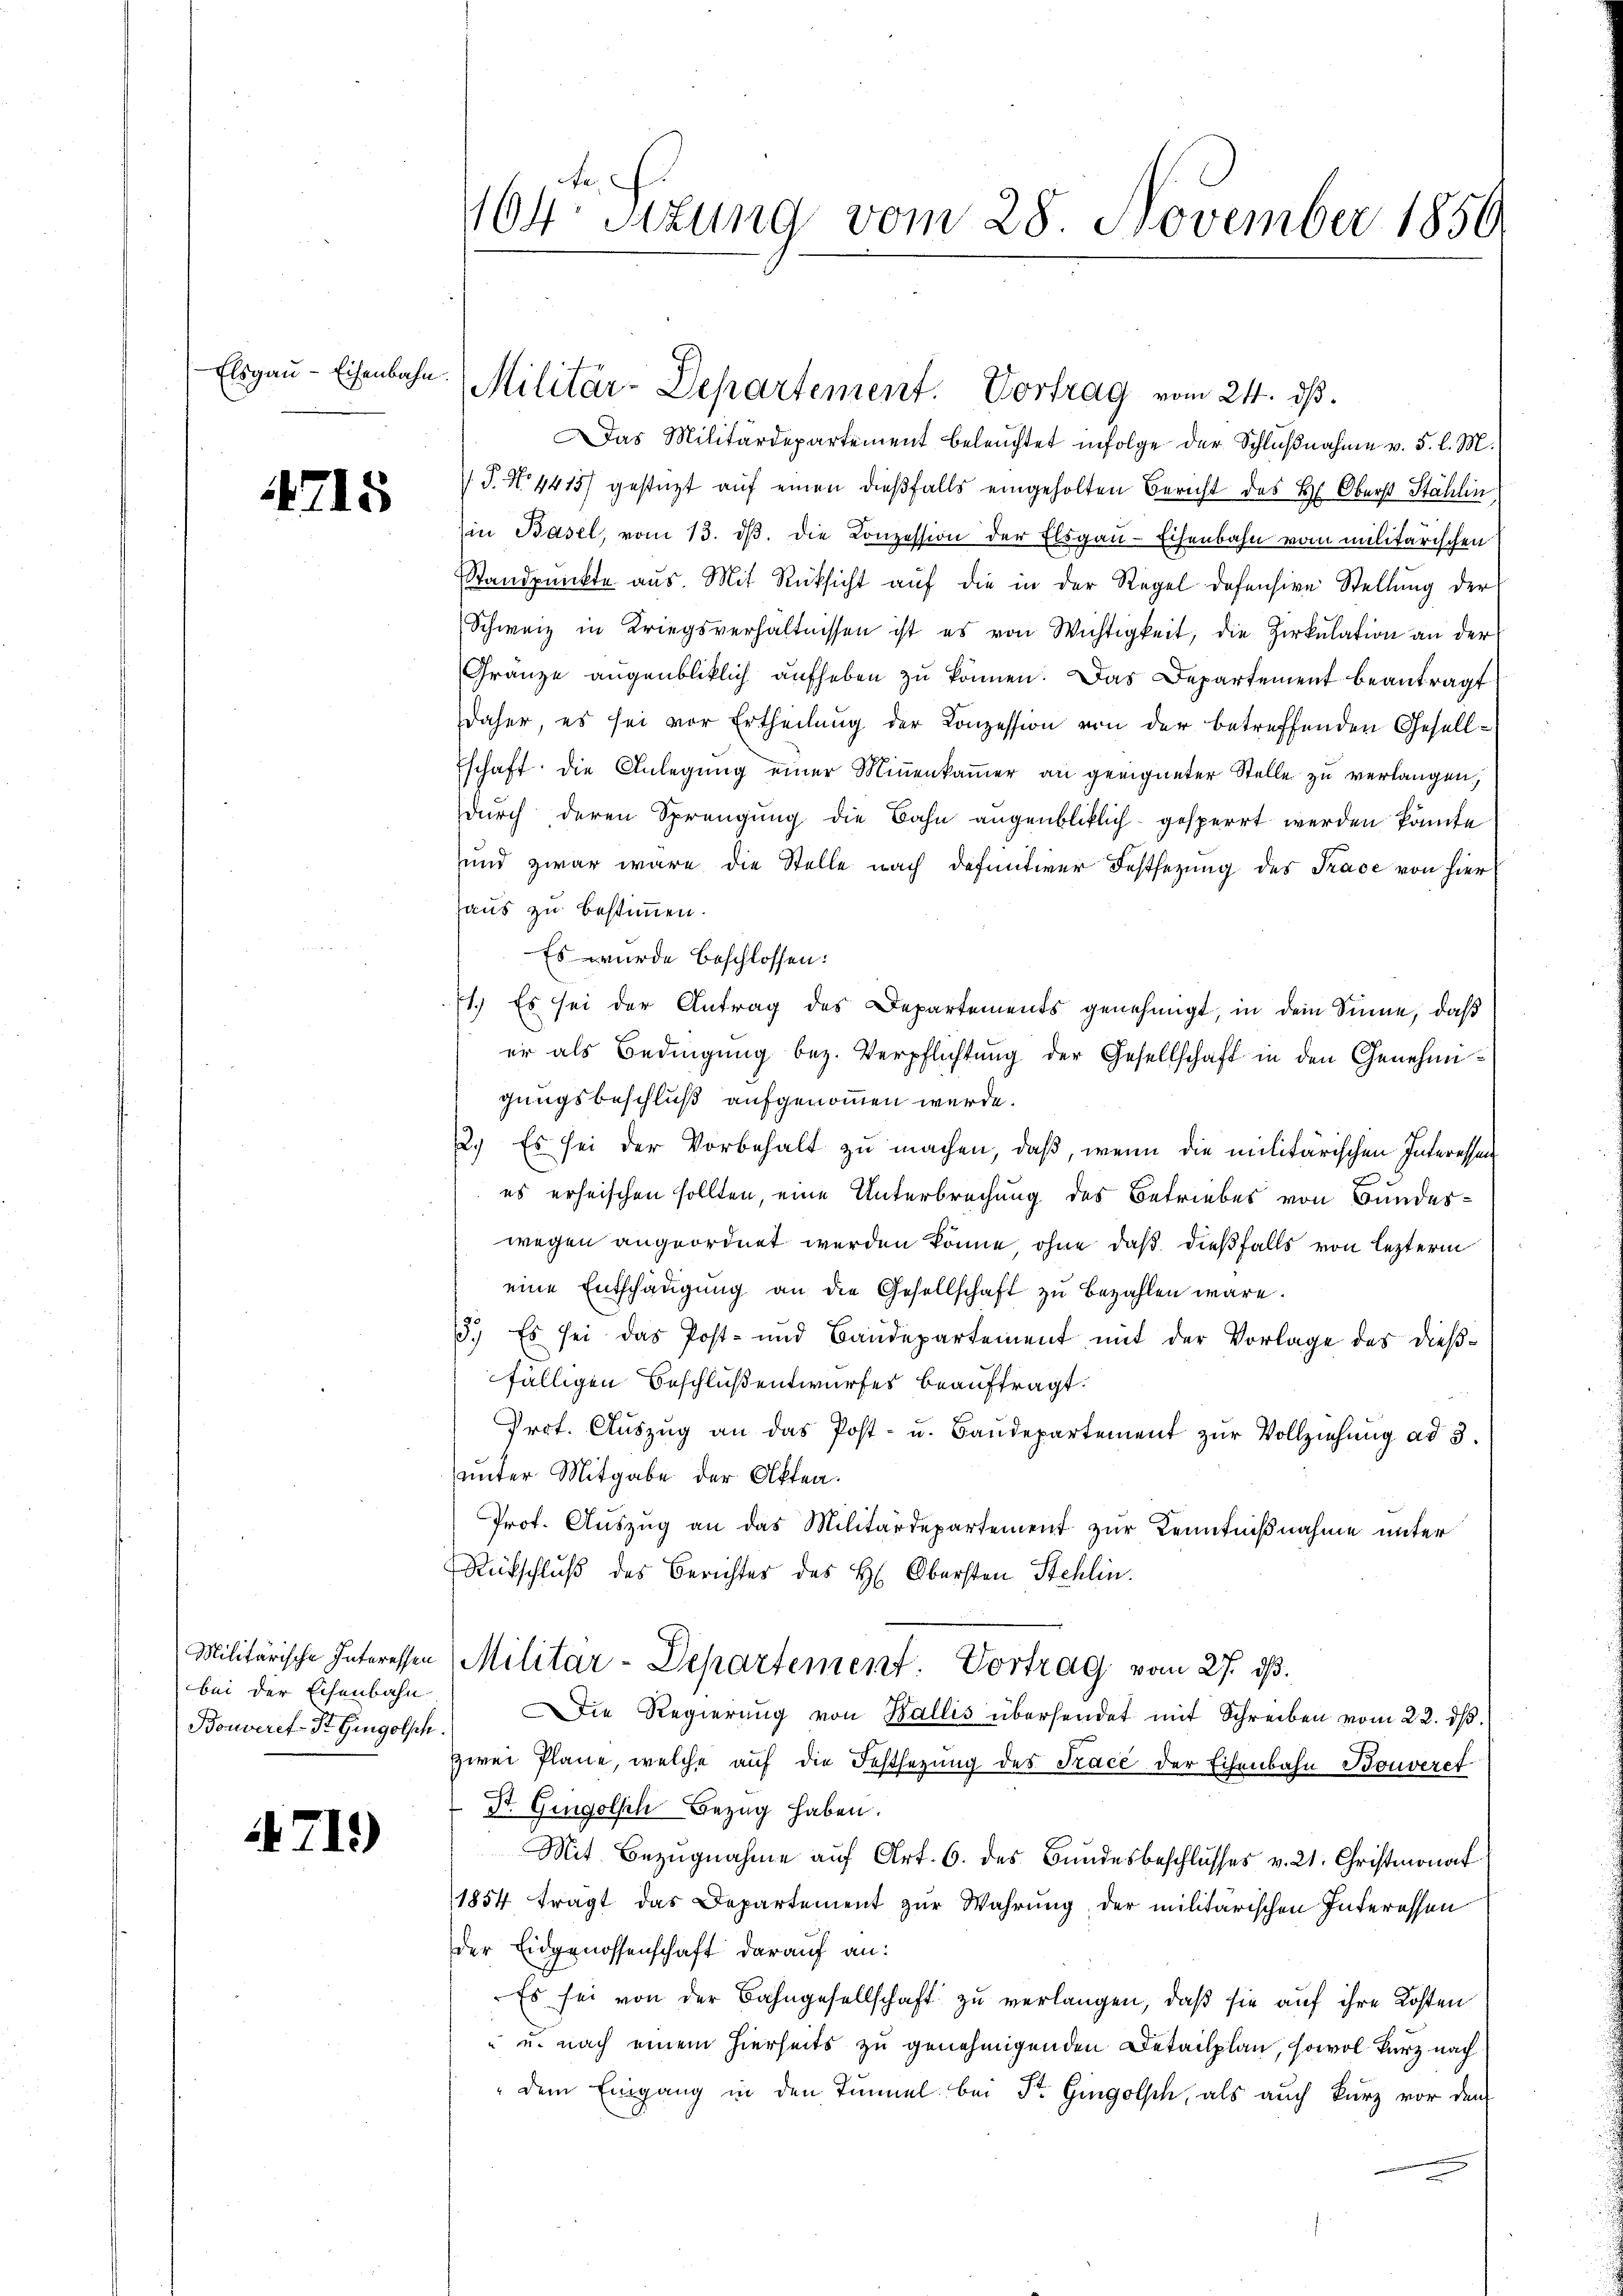
Elsgau-Eisenbahn.

4715

Militärische Interessen
bei der Eisenbahn
Bouveret-St. Gingolsch.

4711)

te
1104. Sitzung vom 28 November 1850

Militär-Departement. Vortrag vom 24. ds.

Das Militärdepartement beleuchtet infolge der Schlußnahme v. 5. l. M.
 P. No. 4415) gestüzt auf einen dießfalls eingeholten Bericht des H. Oberst Stählin
Ein Basel, vom 13. dβ. die Conzession der Elsgau-Eisenbahn vom militärischen
Standpunkte aus. Mit Rücksicht auf die in der Regel defensive Stellung der
Schweiz in Kriegsverhältnissen ist es von Wichtigkeit, die Zirkŭlation an der
Gränze augenbliklich aufheben zu können. Das Departement beantragt
daher, es sei vor Ertheilung der Conzession von der betreffenden Gesellschaft die Anlegung einer Minenkammer an geeigneter Stelle zu verlangen;
durch deren Sprengung die Bahn augenbliklich gesperrt werden könnte
und zwar wäre die Stelle nach definitiver Festsezung des Trace von hier
haus zu bestimmen.
Es wurde beschlossen:
1.) Es sei der Antrag des Departements genehmigt, in dem Sinne, daß
er als Bedingung bez. Verpflichtung der Gesellschaft in den Genehmigungsbeschluß aufgenommen wurde.
2.) Es sei der Vorbehalt zu machen, daß, wenn die militärischen Interessen
es erheischen sollten, eine Unterbrechung des Betriebes von Bundeswegen angeordnet werden könne, ohne daß dießfalls von lezterm
eine Entschädigŭng an die Gesellschaft zu bezahlen wäre.
3.) Es sei das Post- und Baudepartement mit der Vorlage des dießfälligen Beschluß entwurfes beauftragt.
Prot. Aŭszŭg an das Post- u. Baŭdepartement zŭr Vollziehŭng ad 3.
unter Mitgabe der Akten.
Prot. Auszug an das Militärdepartement zur Kenntnißnahme unter
Rütschluß des Berichtes des H. Obersten Stehlin.
Militar-Departement Vortrag vom 27. ds.
Die Regierŭng von Wallis übersendet mit Schreiben vom 22. dβ.
zwei Plane, welche auf die Festsezung des Trace der Eisenbahn Bouveret
St. Gingolsch Bezug haben.
Mit Bezugnahme auf Art. 6. des Bundesbeschlusses v. 21. Christmonat
1854 fragt das Departement zur Wahrung, der militarischen Interessen
der Eidgenossenschaft darauf an:
Es sei von der Bahngesellschaft zu verlangen, daß sie auf ihre Kosten
“ u. nach einem hierseits zu genehmigenden Detailplan, sowol kurz nach
" dem Eingang in den Tiel bei St. Gingolsch, als auch kurz vor den